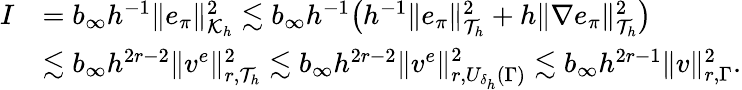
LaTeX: \begin{array}{rl}{I}&{=b_{\infty}h^{-1}\| e_{\pi}\| _{\mathcal{K}_{h}}^{2}\lesssim b_{\infty}h^{-1}\bigl(h^{-1}\| e_{\pi}\| _{\mathcal{T}_{h}}^{2}+h\| \nabla e_{\pi}\| _{\mathcal{T}_{h}}^{2}\bigr)}\\ &{\lesssim b_{\infty}h^{2r-2}\| v^{e}\| _{r,\mathcal{T}_{h}}^{2}\lesssim b_{\infty}h^{2r-2}\| v^{e}\| _{r,U_{\delta_{h}}(\Gamma)}^{2}\lesssim b_{\infty}h^{2r-1}\| v\| _{r,\Gamma}^{2}.}\end{array}